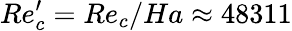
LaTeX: Re_{c}^{\prime}={Re_{c}}/{Ha}\approx 48311